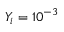
Y _ { i } = 1 0 ^ { - 3 }